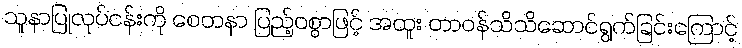
သူနာပြုလုပ်ငန်းကို စေတနာ ပြည့်ဝစွာဖြင့် အထူး တာဝန်သိသိဆောင်ရွက်ခြင်းကြောင့်